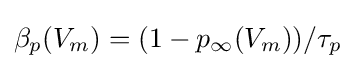
\beta _{p}(V_{m})=(1-p_{\infty }(V_{m}))/\tau _{p}